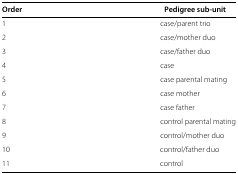
<table><thead><tr><td colspan="2"><b> </b></td></tr><tr><td><b>Order</b></td><td><b>Pedigree sub-unit</b></td></tr></thead><tbody><tr><td>1</td><td>case/parent trio</td></tr><tr><td>2</td><td>case/mother duo</td></tr><tr><td>3</td><td>case/father duo</td></tr><tr><td>4</td><td>case</td></tr><tr><td>5</td><td>case parental mating</td></tr><tr><td>6</td><td>case mother</td></tr><tr><td>7</td><td>case father</td></tr><tr><td>8</td><td>control parental mating</td></tr><tr><td>9</td><td>control/mother duo</td></tr><tr><td>10</td><td>control/father duo</td></tr><tr><td>11</td><td>control</td></tr></tbody></table>